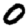
Digit: 0